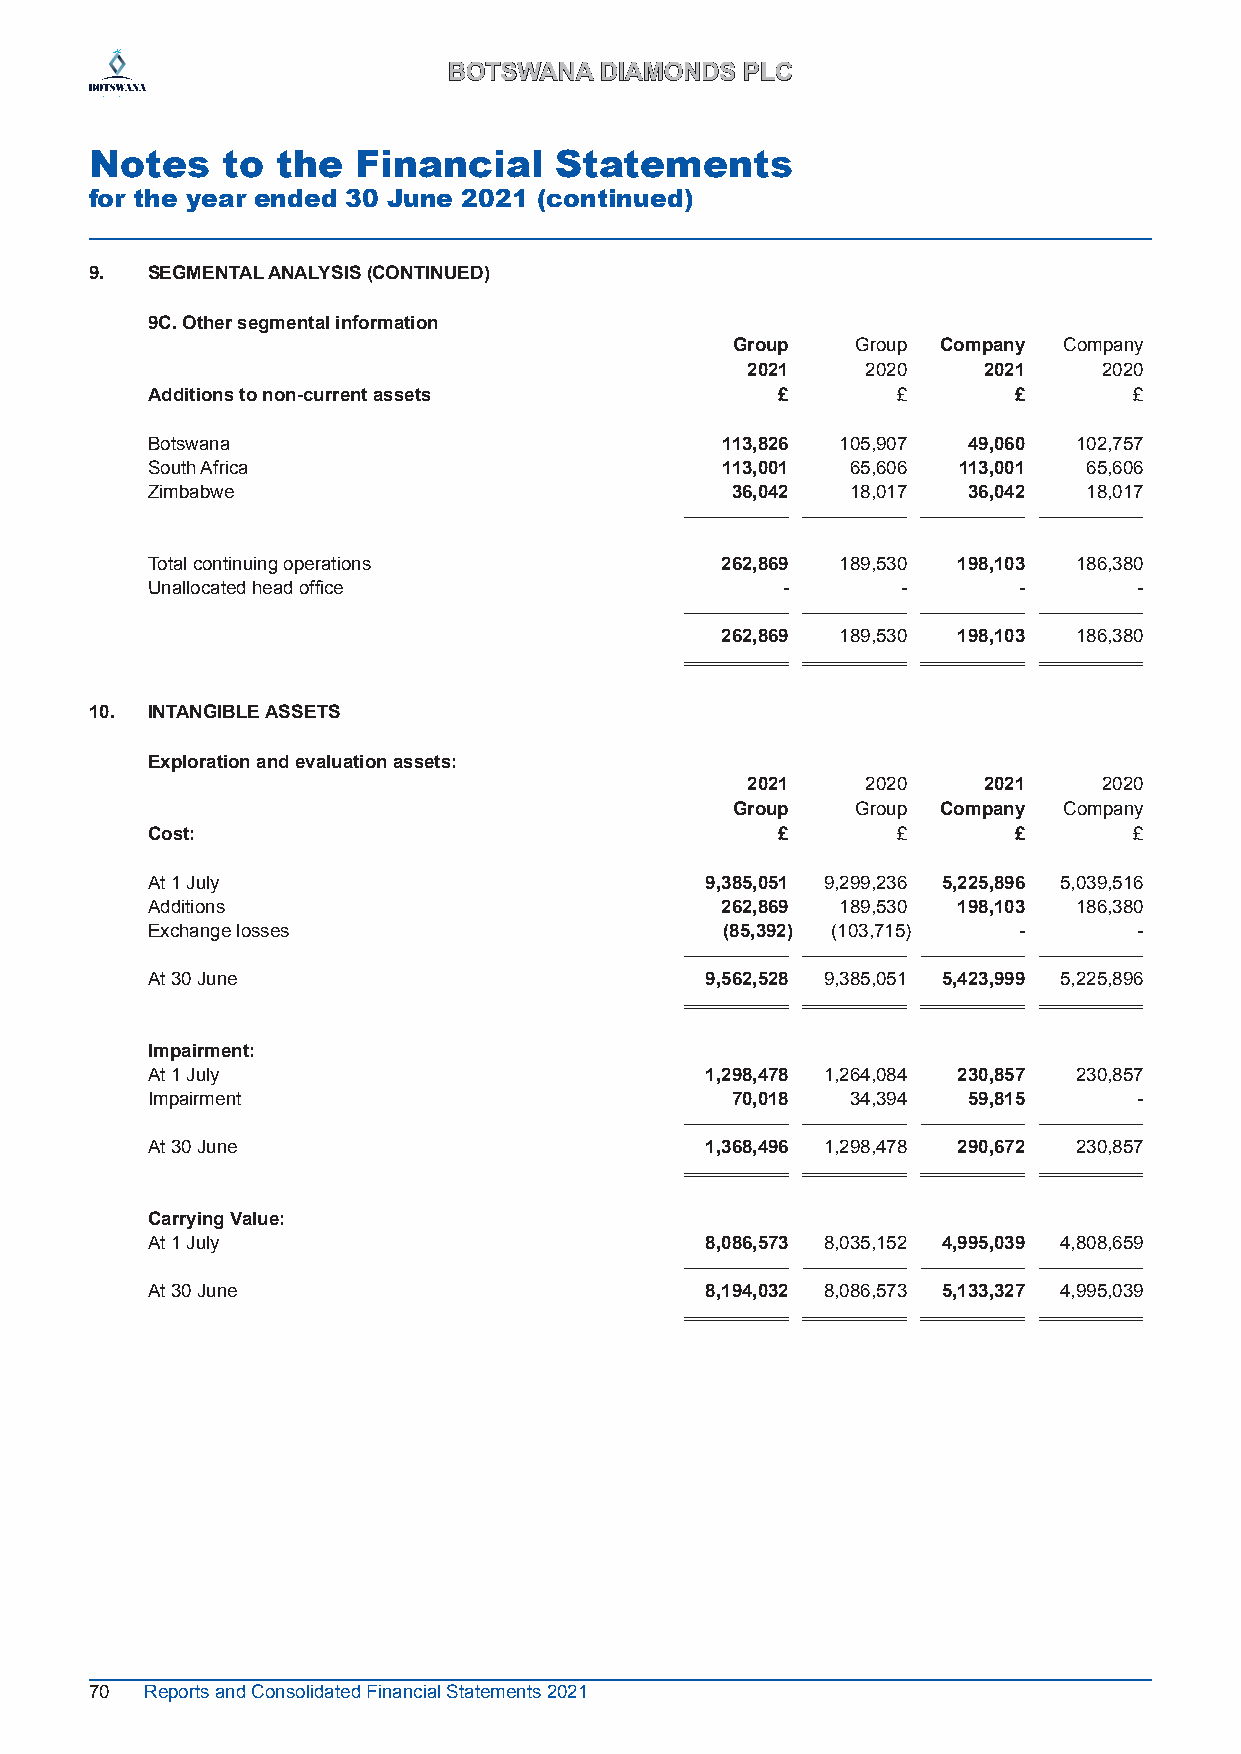
BBOOTTSSWWAANNAA DDIIAAMMOONNDDSS PPLLCC
 Notes    to the   Financial    Statements
 for the year ended 30 June 2021 (continued)
 9.‌ SEGMENTAL‌ANALYSIS‌(CONTINUED)‌‌
 9C.‌Other‌segmental‌information
 Group    Group Company Company
 2021    2020    2021    2020
 Additions to non-current assets           £      £       £       £
 Botswana                              113,826 105,907 49,060 102,757
 South Africa                          113,001 65,606 113,001  65,606
 Zimbabwe                              36,042  18,017  36,042  18,017
 Total continuing operations           262,869 189,530 198,103 186,380
 Unallocated head office                   -       -      -       -
 262,869 189,530 198,103 186,380
 10. INTANGIBLE ASSETS
 Exploration‌and‌evaluation‌assets:
 2021    2020    2021    2020
 Group    Group Company Company
 Cost:                                     £      £       £       £
 At 1 July                            9,385,051 9,299,236 5,225,896 5,039,516
 Additions                             262,869 189,530 198,103 186,380
 Exchange losses                       (85,392) (103,715) -       -
 At 30 June                           9,562,528 9,385,051 5,423,999 5,225,896
 Impairment:
 At 1 July                            1,298,478 1,264,084 230,857 230,857
 Impairment                            70,018  34,394  59,815     -
 At 30 June                           1,368,496 1,298,478 290,672 230,857
 Carrying‌Value:
 At 1 July                            8,086,573 8,035,152 4,995,039 4,808,659
 At 30 June                           8,194,032 8,086,573 5,133,327 4,995,039
 70  Reports and Consolidated Financial Statements 2021